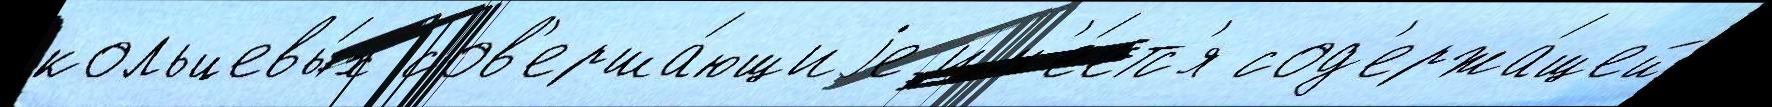
кольцевы́х сов'ерша́ющиjе им'е́етс'я сод'ержа́щей